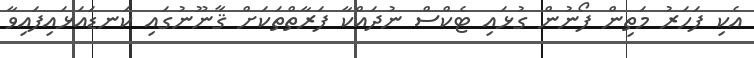
އެކި ފަހަރު މަތިން ފޯނުން ގުޅައި ޓެކްސް ނުދައްކާ ފަރާތްތަކަށް ޤާނޫނުގައި ކަނޑައަޅައިފައިވާ